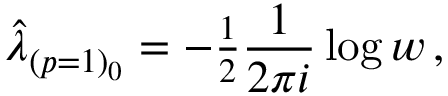
\hat { \lambda } _ { ( p = 1 ) _ { 0 } } = - { \textstyle \frac { 1 } { 2 } } \frac { 1 } { 2 \pi i } \log { w } \, ,